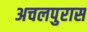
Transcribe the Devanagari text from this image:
अचलपुरास